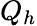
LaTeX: Q_{h}